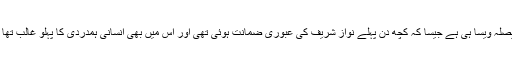
سینئر صحافی حامد میر نے کہاہے کہ فیصلہ آئین و قانون کے مطابق ہے ، یہ فیصلہ ویسا ہی ہے جیسا کہ کچھ دن پہلے نواز شریف کی عبوری ضمانت ہوئی تھی اور اس میں بھی انسانی ہمدردی کا پہلو غالب تھا ، وہ بھی عبوری ضمانت ہے اور مریم نوازشریف کی بھی عبوری ضمانت ہے ۔